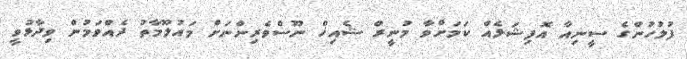
ފުލުހުންގެ ސީނިއާ އޮފިޝަލެއް ކަމަށްވާ މުނީރް ޝެއިޚް ނޫސްވެރިންނަށް މައުލޫމާތު ދެއްވަމުން ވިދާޅުވީ